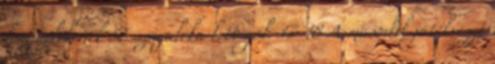
lengyelekének 56 százaléka lett gól. 17-18 A második játékrészt